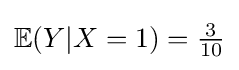
\mathbb {E} (Y|X=1)={\tfrac {3}{10}}